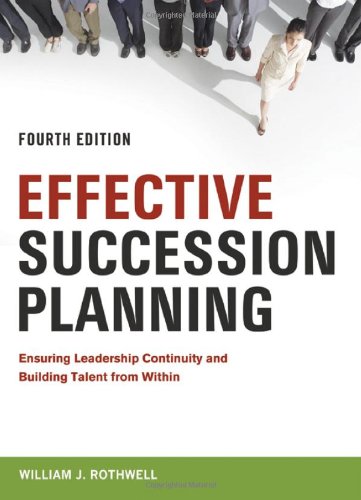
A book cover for Effective Succession Planning: Ensuring Leadership Continuity and Building Talent from Within; William J. Rothwell; Business & Money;